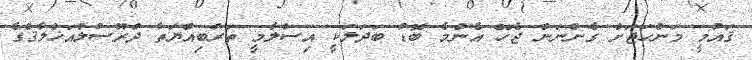
ޤައުމީ މަންހަޖަށް ގެންނަން ޖެހޭ އެންމެ ބޮޑު ބަދަލަކީ އިސްލާމީ ތަރުބިއްޔަތާ ދުރޫސުލްއަޚްލާޤްގެ